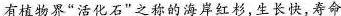
有植物界”活化石”之称的海岸红杉，生长快，寿命